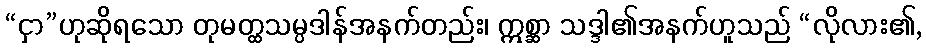
“ငှာ”ဟုဆိုရသော တုမတ္ထသမ္ပဒါန်အနက်တည်း၊ ဣစ္ဆာ သဒ္ဒါ၏အနက်ဟူသည် “လိုလား၏,